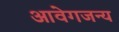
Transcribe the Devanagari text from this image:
आवेगजन्य